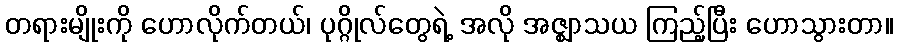
တရားမျိုးကို ဟောလိုက်တယ်၊ ပုဂ္ဂိုလ်တွေရဲ့ အလို အဇ္ဈာသယ ကြည့်ပြီး ဟောသွားတာ။